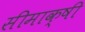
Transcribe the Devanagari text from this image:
सीमाक्षी